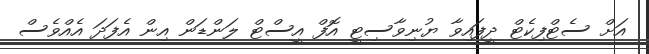
އަށް ސެޓްފިކެޓް ދީފައިވާ ޔުނިވާސިޓީ އޮފް އީސްޓް ލަންޑަން އިން އެފަދަ އެއްވެސް